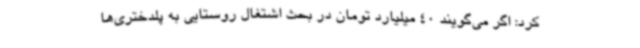
کرد: اگر می‌گویند 40 میلیارد تومان در بحث اشتغال روستایی به پلدختری‌ها